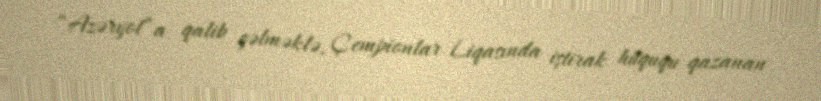
“Azəryol”a qalib gəlməklə, Çempionlar Liqasında iştirak hüququ qazanan